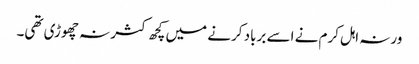
ورنہ اہل کرم نے اسے برباد کرنے میں کچھ کثر نہ چھوڑی تھی۔